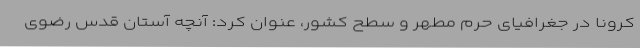
کرونا در جغرافیای حرم مطهر و سطح کشور، عنوان کرد: آنچه آستان قدس رضوی